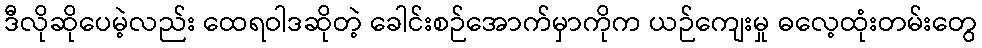
ဒီလိုဆိုပေမဲ့လည်း ထေရဝါဒဆိုတဲ့ ခေါင်းစဉ်အောက်မှာကိုက ယဉ်ကျေးမှု ဓလေ့ထုံးတမ်းတွေ